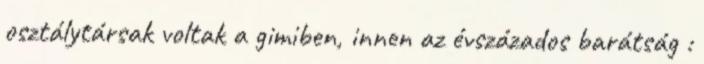
osztálytársak voltak a gimiben, innen az évszázados barátság :